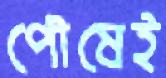
পৌষেই